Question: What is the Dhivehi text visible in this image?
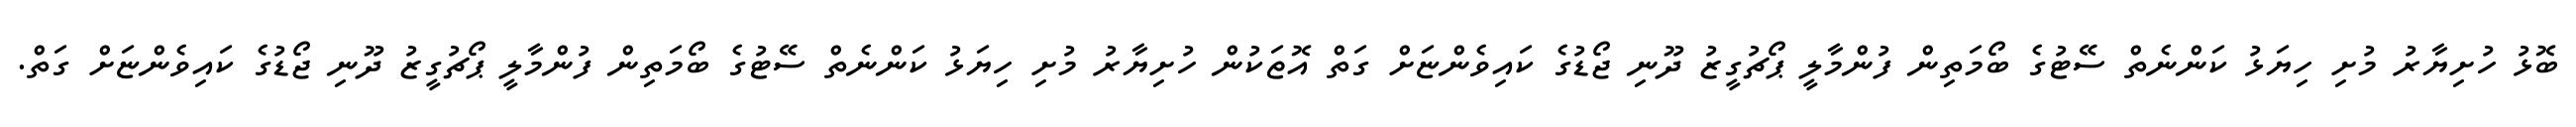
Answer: ބޮޅު ހުށިޔާރު މުށި ހިޔަޅު ކަންނެތް ސޭޓުގެ ބޯމަތިން ފުންމާލީ ޕޯޗުގީޒު ދޫނި ޖޯޑުގެ ކައިވެންޏަށް ގަތް އޮޱަކުން ހުށިޔާރު މުށި ހިޔަޅު ކަންނެތް ސޭޓުގެ ބޯމަތިން ފުންމާލީ ޕޯޗުގީޒު ދޫނި ޖޯޑުގެ ކައިވެންޏަށް ގަތް.